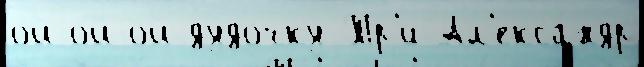
ой-ой-ой ду́дочку Тр'и Ал'екса́ндр